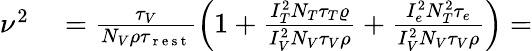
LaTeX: \begin{array}{rl}{\nu^{2}}&{{}=\frac{\tau_{V}}{N_{V}\rho\tau_{\mathrm{~r~e~s~t~}}}\left(1+\frac{I_{T}^{2}N_{T}\tau_{T}\varrho}{I_{V}^{2}N_{V}\tau_{V}\rho}+\frac{I_{e}^{2}N_{T}^{2}\tau_{e}}{I_{V}^{2}N_{V}\tau_{V}\rho}\right)=}\end{array}